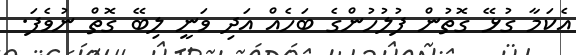
އެކަމާ ގުޅޭ ގޮތުން ފުލުހުންގެ ބަހެއް އަދި ވަނީ ލިބޭ ގޮތް ނުވެފަ.